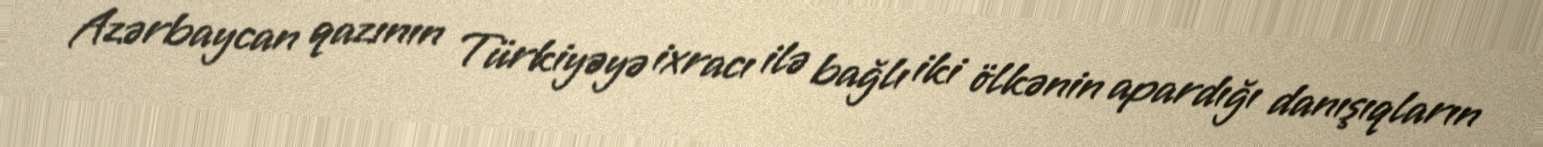
Azərbaycan qazının Türkiyəyə ixracı ilə bağlı iki ölkənin apardığı danışıqların